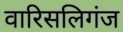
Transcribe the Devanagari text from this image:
वारिसलिगंज